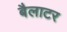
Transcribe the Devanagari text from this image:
बैलाटर